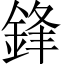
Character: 鋒